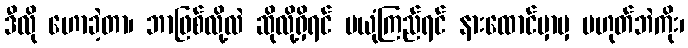
ဒီလို ဟောခဲ့တာ၊ ဘာဖြစ်လို့လဲ ဆိုလို့ရှိရင် မယုံကြည်ရင် နားထောင်မှာမှ မဟုတ်ဘဲကိုး၊